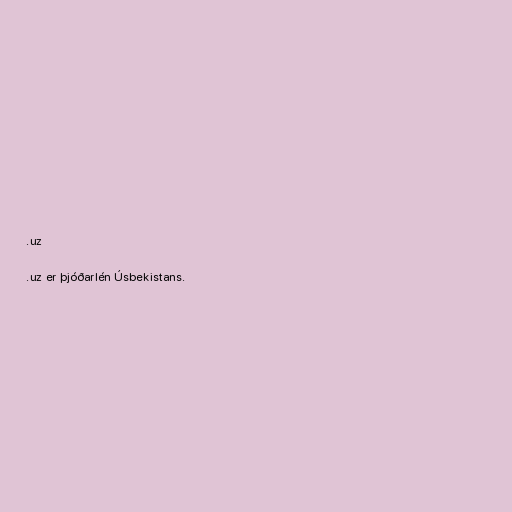
.uz

.uz er þjóðarlén Úsbekistans.